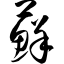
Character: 藓